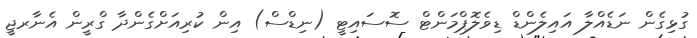
ގުޅިގެން ނަޑެއްލާ އައިލެންޑް ޑިވެލޮޕްމަންޓް ސޮސައިޓީ (ނިޑްސް) އިން ކުރިއަށްގެންދާ ގްރީން އެނާރޖީ